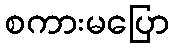
စကားမပြော